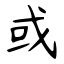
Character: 或